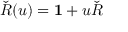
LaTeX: { \check { R } } ( u ) = \mathbf { 1 } + u { \check { R } }